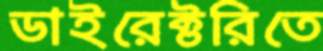
ডাইরেক্টরিতে